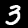
Digit: 3